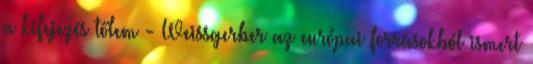
a kifejezés tőlem - Weissgerber az európai forrásokból ismert